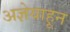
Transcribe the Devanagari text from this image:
अज्ञेयाहून